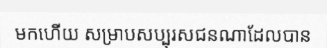
មកហើយ សម្រាបសប្បុរសជនណាដែលបាន